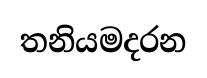
තනියමදරන